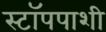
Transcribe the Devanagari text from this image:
स्टॉपपाशी